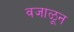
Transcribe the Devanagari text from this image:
वजाळून